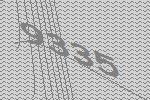
9335